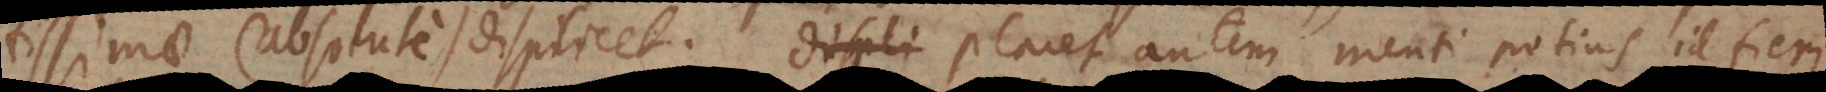
tissimae (absolute) displicet. Placet autem menti potius id fieri